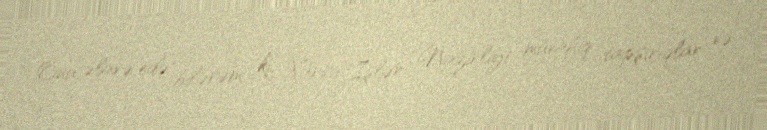
Onu əlavə edə bilərəm ki, Xarici İşlər Nazirliyi müvafiq tapşırıqlar və